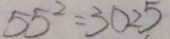
5 5 ^ { 2 } = 3 0 2 5